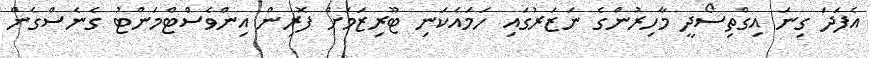
އެފަދަ ގިނަ އިގްތިސޯދީ މާހިރުންގެ ނަޒަރުގައި ހަމައެކަނި ޓޫރިޒަމަށް ފޮރިން އިންވެސްޓްމަންޓު ގެނެސްގެން